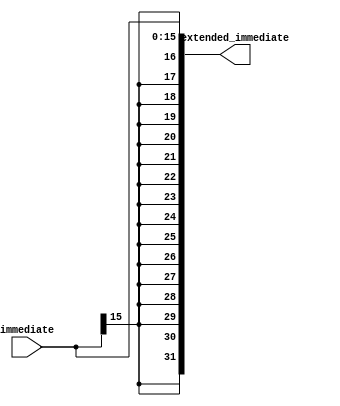
`timescale 1ns / 1ps
//////////////////////////////////////////////////////////////////////////////////
// Company: 
// Engineer: 
// 
// Design Name: 
// Module Name: sign_extend_16_to_32_bit
// Project Name: 
// Target Devices: 
// Tool Versions: 
// Description: 
// 
// Dependencies: 
// 
// Revision:
// Revision 0.01 - File Created
// Additional Comments:
// 
//////////////////////////////////////////////////////////////////////////////////


module sign_extend_16_to_32_bit(immediate, extended_immediate);
input [15:0] immediate;
output reg [31:0] extended_immediate;
always @(*)
    begin
        extended_immediate[31:0] <= {{16{immediate[15]}},immediate[15:0]};
    end
endmodule